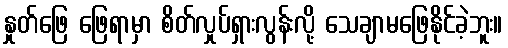
နှုတ်ဖြေ ဖြေရာမှာ စိတ်လှုပ်ရှားလွန်းလို့ သေချာမဖြေနိုင်ခဲ့ဘူး။